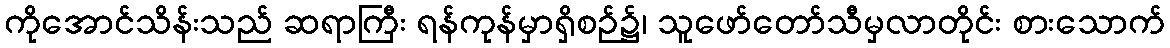
ကိုအောင်သိန်းသည် ဆရာကြီး ရန်ကုန်မှာရှိစဉ်၌၊ သူဖော်တော်သီမှလာတိုင်း စားသောက်